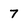
Character: 7